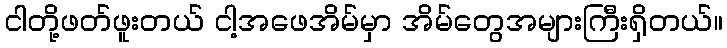
ငါတို့ဖတ်ဖူးတယ် ငါ့အဖေအိမ်မှာ အိမ်တွေအများကြီးရှိတယ်။